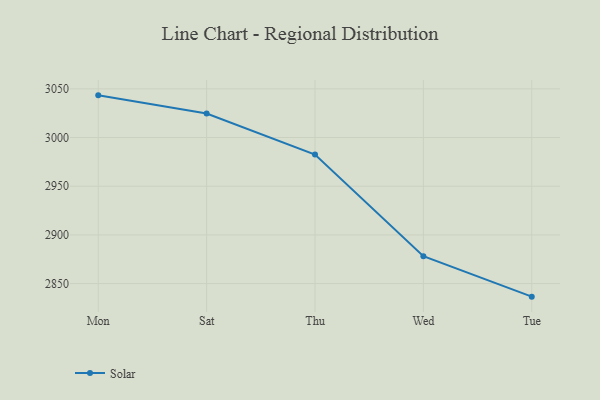
{"axis": {"x": "Day", "y": "Active Users"}, "legend": ["Solar"], "data": [{"x": "Mon", "y": 3043.3, "type": "Solar"}, {"x": "Sat", "y": 3024.7, "type": "Solar"}, {"x": "Thu", "y": 2982.5, "type": "Solar"}, {"x": "Wed", "y": 2878.1, "type": "Solar"}, {"x": "Tue", "y": 2836.6, "type": "Solar"}]}